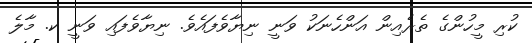
ކުރި މީހުންގެ ތެރެއިން އަންހެނަކު ވަނީ ނިޔާވެފައެވެ. ނިޔާވެފައި ވަނީ ކ. މާލެ